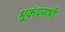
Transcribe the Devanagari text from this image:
भूकंपनाभी